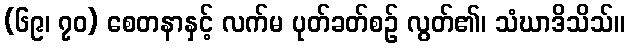
(၆၉၊ ၇၀) စေတနာနှင့် လက်မ ပုတ်ခတ်စဉ် လွတ်၏၊ သံဃာဒိသိသ်။